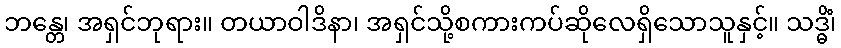
ဘန္တေ၊ အရှင်ဘုရား။ တယာဝါဒိနာ၊ အရှင်သို့စကားကပ်ဆိုလေရှိသောသူနှင့်။ သဒ္ဓိံ၊